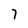
Character: 7